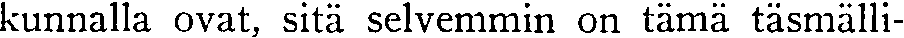
kunnalla ovat, sitä selvemmin on tämä täsmälli-